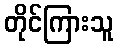
တိုင်ကြားသူ